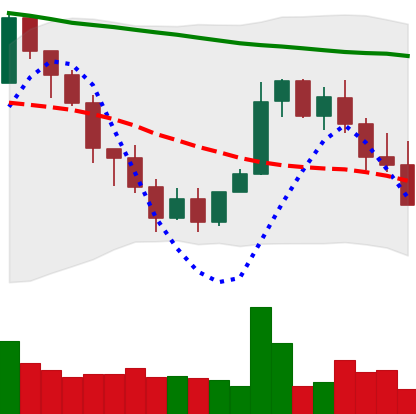
Ticker: XMR-USD
Chart end date: 2022-01-20
Forward return: -23.192%
Label: down_7plus